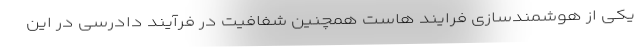
یکی از هوشمندسازی فرایند هاست همچنین شفافیت در فرآیند دادرسی در این